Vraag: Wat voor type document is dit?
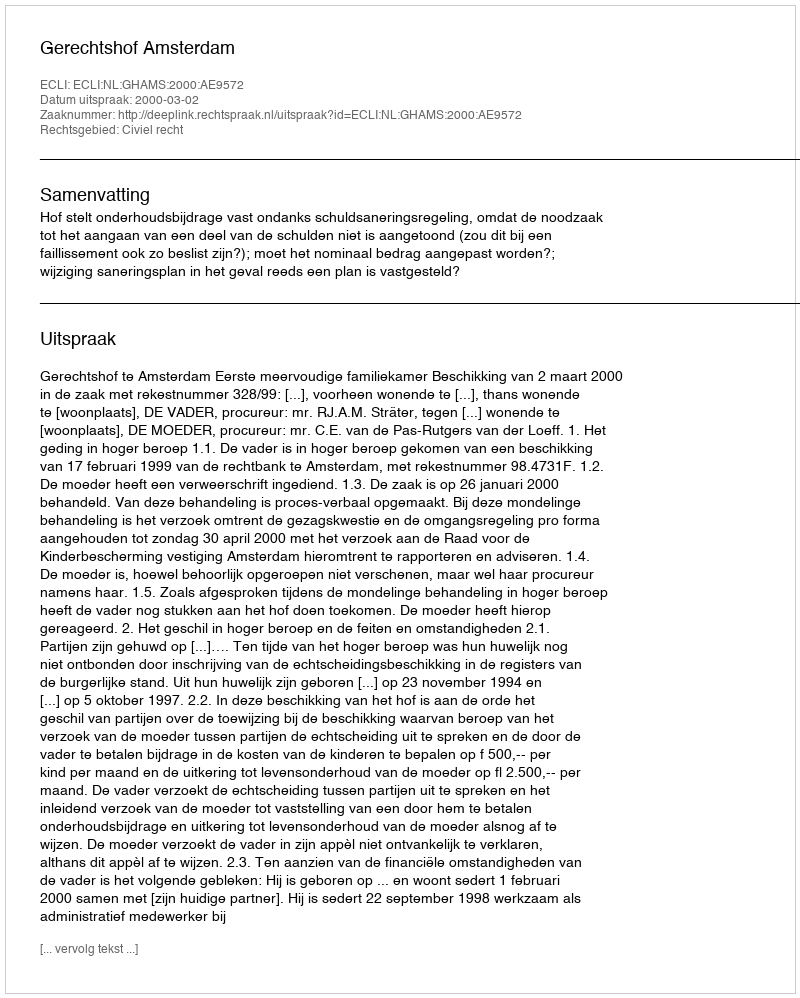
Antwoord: Uitspraak